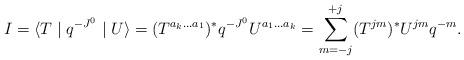
LaTeX: \begin{align*}I=\langle T\mid q^{-J^{0}}\mid U\rangle = (T^{a_{k}...a_{1}})^{\ast}q^{-J^{0}}U^{a_{1}...a_{k}}= \sum^{+j}_{m=-j} (T^{jm})^{\ast} U^{jm} q^{-m}.\end{align*}